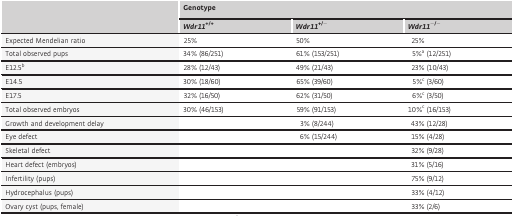
| <ROWSPAN=2>  | <COLSPAN=3> Genotype |
 | Wdr11+/+ | Wdr11+/− | Wdr11−/− |
 | --- | --- | --- | --- |
 | Expected Mendelian ratio | 25% | 50% | 25% |
 | Total observed pups | 34% (86/251) | 61% (153/251) | 5%a (12/251) |
 | E12.5b | 28% (12/43) | 49% (21/43) | 23% (10/43) |
 | E14.5 | 30% (18/60) | 65% (39/60) | 5%c (3/60) |
 | E17.5 | 32% (16/50) | 62% (31/50) | 6%c (3/50) |
 | Total observed embryos | 30% (46/153) | 59% (91/153) | 10%c (16/153) |
 | Growth and development delay |  | 3% (8/244) | 43% (12/28) |
 | Eye defect |  | 6% (15/244) | 15% (4/28) |
 | Skeletal defect |  |  | 32% (9/28) |
 | Heart defect (embryos) |  |  | 31% (5/16) |
 | Infertility (pups) |  |  | 75% (9/12) |
 | Hydrocephalus (pups) |  |  | 33% (4/12) |
 | Ovary cyst (pups, female) |  |  | 33% (2/6) |